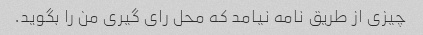
چیزی از طریق نامه نیامد که محل رای گیری من را بگوید.